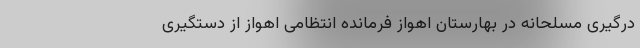
درگیری مسلحانه در بهارستان اهواز فرمانده انتظامی اهواز از دستگیری